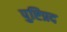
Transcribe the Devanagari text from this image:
पुष्टिप्रद